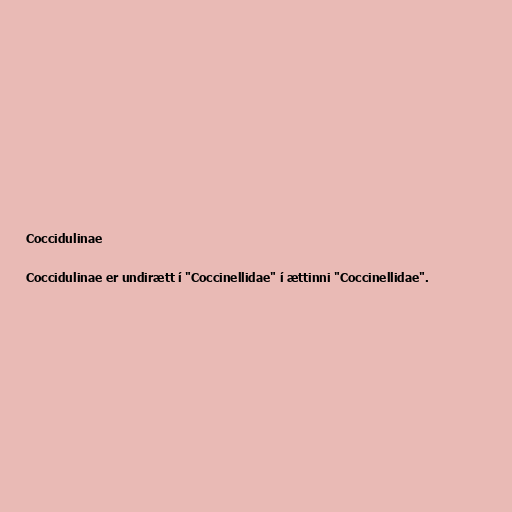
Coccidulinae

Coccidulinae er undirætt í "Coccinellidae" í ættinni "Coccinellidae".